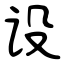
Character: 设